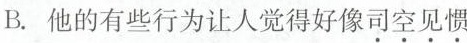
B.他的有些行为让人觉得好像司空见惯